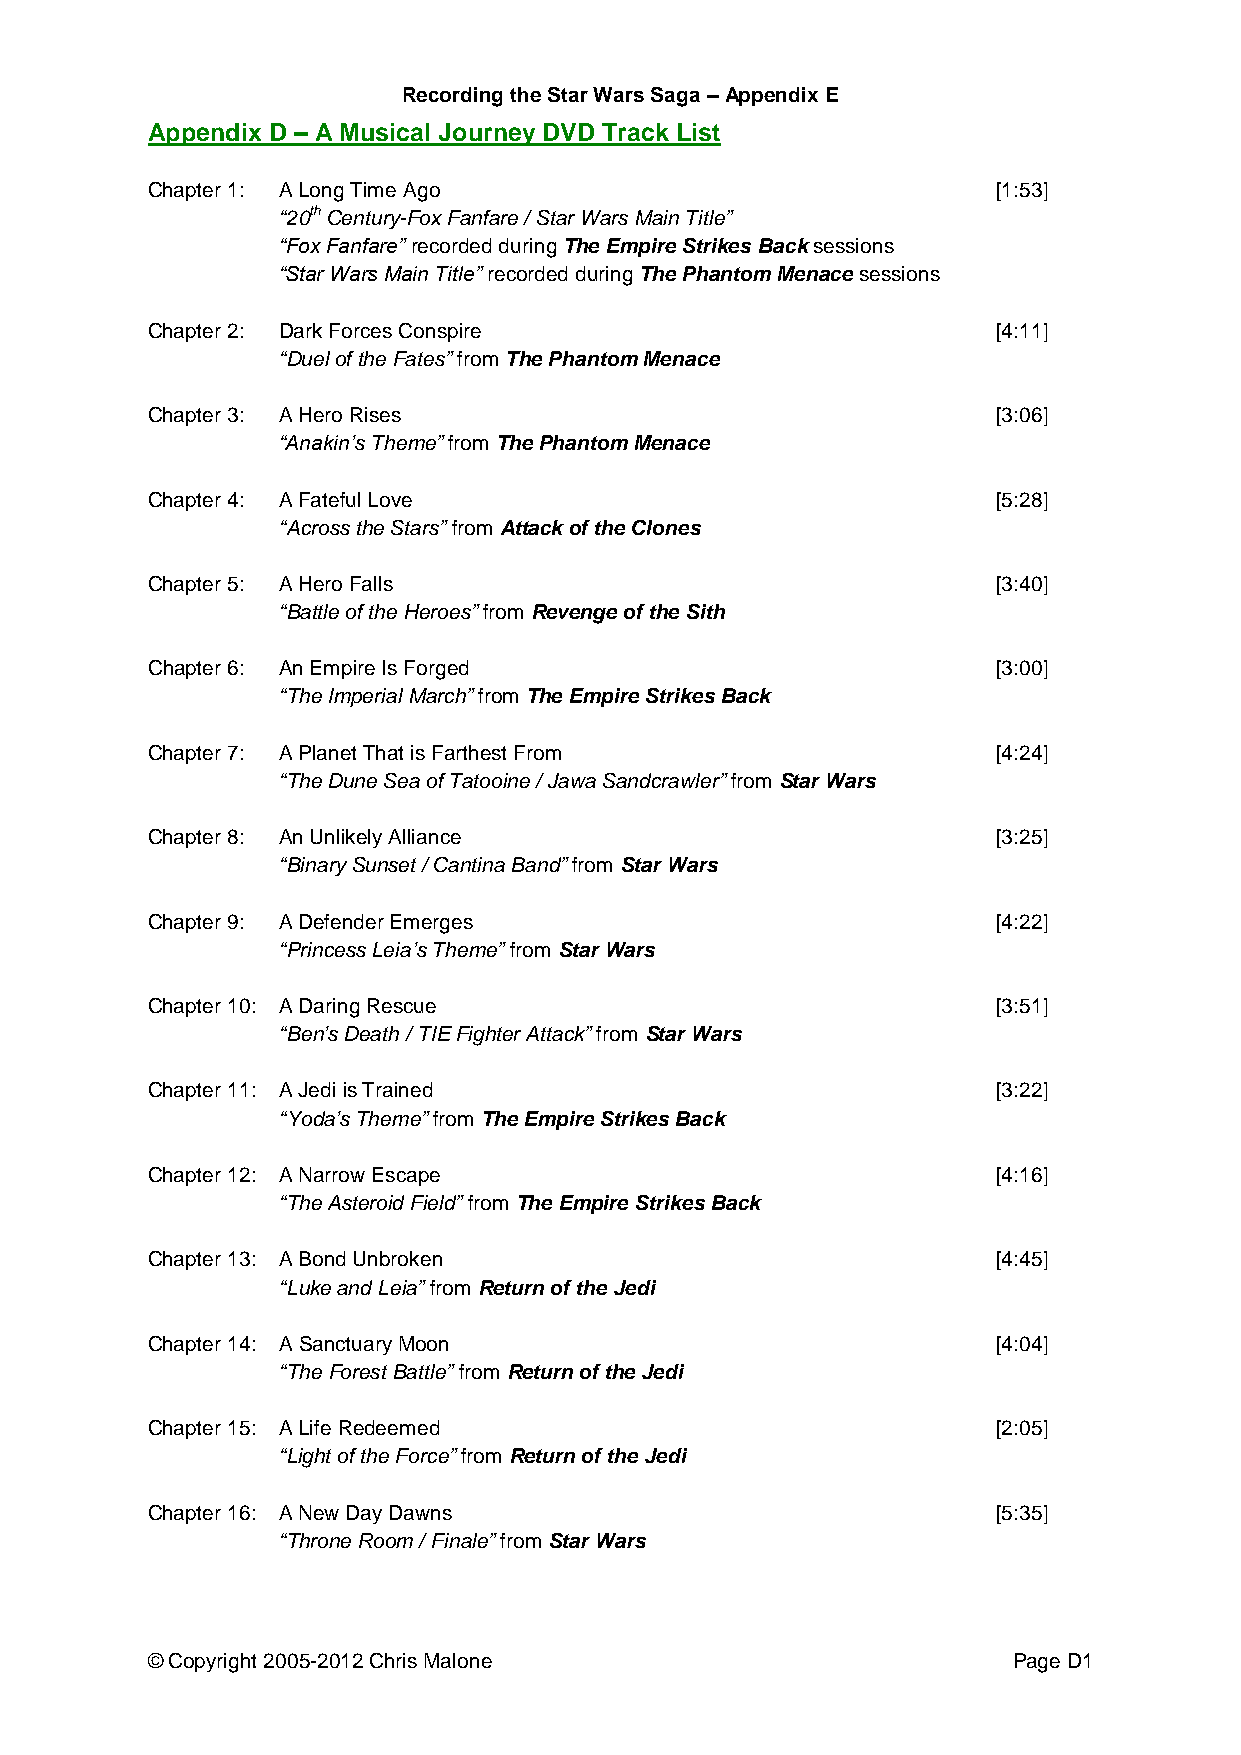
Recording the Star Wars Saga – Appendix E
 Appendix D – A Musical Journey DVD Track List
 Chapter 1: A Long Time Ago                              [1:53]
 “20th Century-Fox Fanfare / Star Wars Main Title”
 “Fox Fanfare” recorded during The Empire Strikes Back sessions
 “Star Wars Main Title” recorded during The Phantom Menace sessions
 Chapter 2: Dark Forces Conspire                         [4:11]
 “Duel of the Fates” from The Phantom Menace
 Chapter 3: A Hero Rises                                 [3:06]
 “Anakin’s Theme” from The Phantom Menace
 Chapter 4: A Fateful Love                               [5:28]
 “Across the Stars” from Attack of the Clones
 Chapter 5: A Hero Falls                                 [3:40]
 “Battle of the Heroes” from Revenge of the Sith
 Chapter 6: An Empire Is Forged                          [3:00]
 “The Imperial March” from The Empire Strikes Back
 Chapter 7: A Planet That is Farthest From               [4:24]
 “The Dune Sea of Tatooine / Jawa Sandcrawler” from Star Wars
 Chapter 8: An Unlikely Alliance                         [3:25]
 “Binary Sunset / Cantina Band” from Star Wars
 Chapter 9: A Defender Emerges                           [4:22]
 “Princess Leia’s Theme” from Star Wars
 Chapter 10: A Daring Rescue                             [3:51]
 “Ben’s Death / TIE Fighter Attack” from Star Wars
 Chapter 11: A Jedi is Trained                           [3:22]
 “Yoda’s Theme” from The Empire Strikes Back
 Chapter 12: A Narrow Escape                             [4:16]
 “The Asteroid Field” from The Empire Strikes Back
 Chapter 13: A Bond Unbroken                             [4:45]
 “Luke and Leia” from Return of the Jedi
 Chapter 14: A Sanctuary Moon                            [4:04]
 “The Forest Battle” from Return of the Jedi
 Chapter 15: A Life Redeemed                             [2:05]
 “Light of the Force” from Return of the Jedi
 Chapter 16: A New Day Dawns                             [5:35]
 “Throne Room / Finale” from Star Wars
 © Copyright 2005-2012 Chris Malone                       Page D1